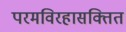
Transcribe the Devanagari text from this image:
परमविरहासक्तित